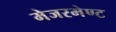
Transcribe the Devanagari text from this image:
मेजरमेण्ट